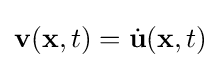
\mathbf {v} (\mathbf {x} ,t)={\dot {\mathbf {u} }}(\mathbf {x} ,t)